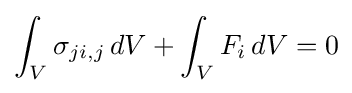
\int _{V}\sigma _{ji,j}\,dV+\int _{V}F_{i}\,dV=0